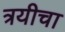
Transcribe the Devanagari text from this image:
त्रयीचा